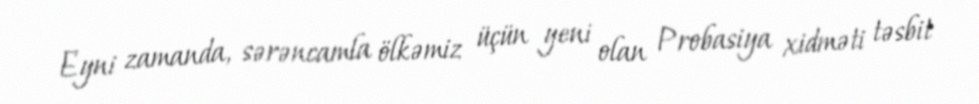
Eyni zamanda, sərəncamla ölkəmiz üçün yeni olan Probasiya xidməti təsbit